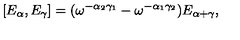
[ E _ { \alpha } , E _ { \gamma } ] = ( \omega ^ { - \alpha _ { 2 } \gamma _ { 1 } } - \omega ^ { - \alpha _ { 1 } \gamma _ { 2 } } ) E _ { \alpha + \gamma } ,